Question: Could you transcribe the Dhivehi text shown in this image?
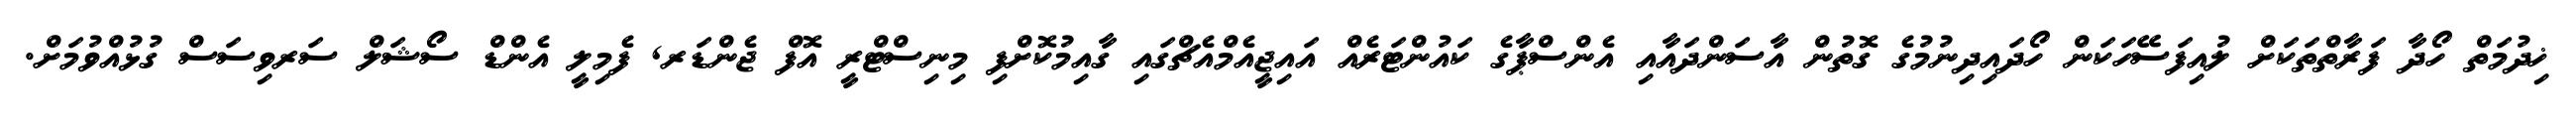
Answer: ޚިދުމަތް ހޯދާ ފަރާތްތަކަށް ލުއިފަސޭހަކަން ހޯދައިދިނުމުގެ ގޮތުން އާސަންދައާއި އެންސްޕާގެ ކައުންޓަރެއް އައިޖީއެމްއެޗްގައި ގާއިމުކޮށްފި މިނިސްޓްރީ އޮފް ޖެންޑަރ, ފެމިލީ އެންޑް ސޯޝަލް ސަރވިސަސް ގުޅުއްވުމަށް.